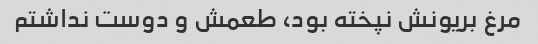
مرغ بریونش نپخته بود، طعمش و دوست نداشتم